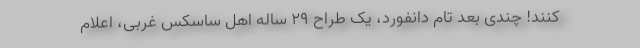
‌کنند! چندی بعد تام دانفورد، یک طراح ۲۹ ساله اهل ساسکس غربی، اعلام